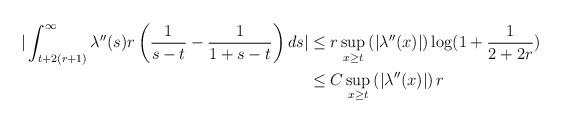
LaTeX: \begin{align*} |\int_{t+2(r+1)}^{\infty} \lambda''(s) r\left(\frac{1}{s-t}-\frac{1}{1+s-t}\right) ds| &\leq r \sup_{x \geq t} \left(|\lambda''(x)|\right) \log(1+\frac{1}{2+2r})\\&\leq C \sup_{x \geq t}\left(|\lambda''(x)|\right) r\end{align*}